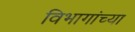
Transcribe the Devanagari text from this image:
विभागांच्‍या